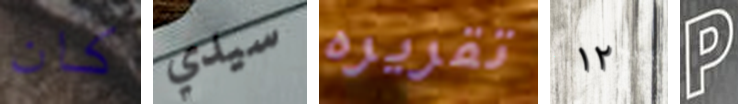
كان سيدي تقريره ١٢ P